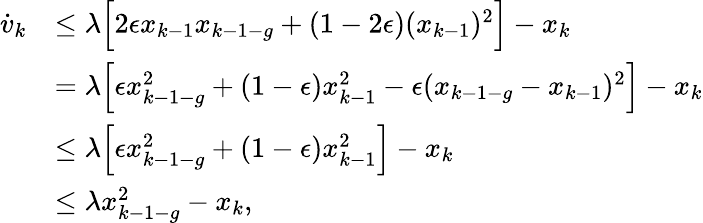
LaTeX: \begin{array}{rl}{\dot{v}_{k}}&{\leq\lambda\Big[2\epsilon x_{k-1}x_{k-1-g}+(1-2\epsilon)(x_{k-1})^{2}\Big]-x_{k}}\\ &{=\lambda\Big[\epsilon x_{k-1-g}^{2}+(1-\epsilon)x_{k-1}^{2}-\epsilon(x_{k-1-g}-x_{k-1})^{2}\Big]-x_{k}}\\ &{\leq\lambda\Big[\epsilon x_{k-1-g}^{2}+(1-\epsilon)x_{k-1}^{2}\Big]-x_{k}}\\ &{\leq\lambda x_{k-1-g}^{2}-x_{k},}\end{array}